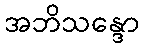
အဘိသန္ဒော